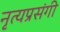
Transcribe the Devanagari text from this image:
नृत्यप्रसंगी